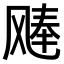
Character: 𫗉